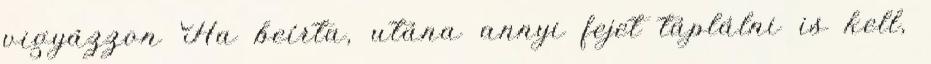
vigyázzon Ha beírta, utána annyi fejet táplálni is kell,